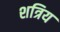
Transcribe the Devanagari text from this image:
शत्रिय